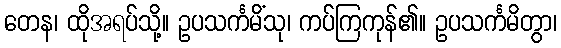
တေန၊ ထိုအရပ်သို့။ ဥပသင်္ကမိံသု၊ ကပ်ကြကုန်၏။ ဥပသင်္ကမိတွာ၊